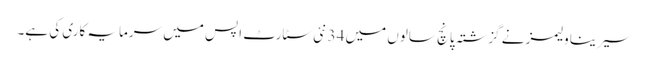
سیرینا ولیمز نے گزشتہ پانچ سالوں میں 34 نئی سٹارٹ اپس میں سرمایہ کاری کی ہے۔